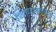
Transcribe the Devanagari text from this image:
शिलाहारकालीन